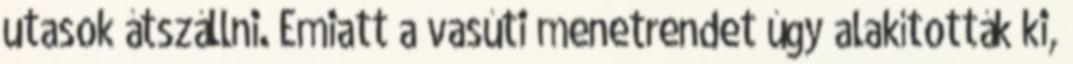
utasok átszállni. Emiatt a vasúti menetrendet úgy alakították ki,